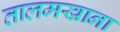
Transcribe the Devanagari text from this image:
तालमखाना